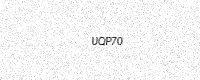
Text: UQP70